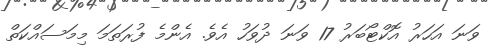
ވަނަ އަހަރު އޮކްޓޯބަރު 17 ވަނަ ދުވަހު އެވެ. އެންމެ ފުރަތަމަ މިމަސައްކަތް